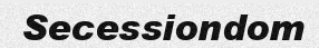
Secessiondom